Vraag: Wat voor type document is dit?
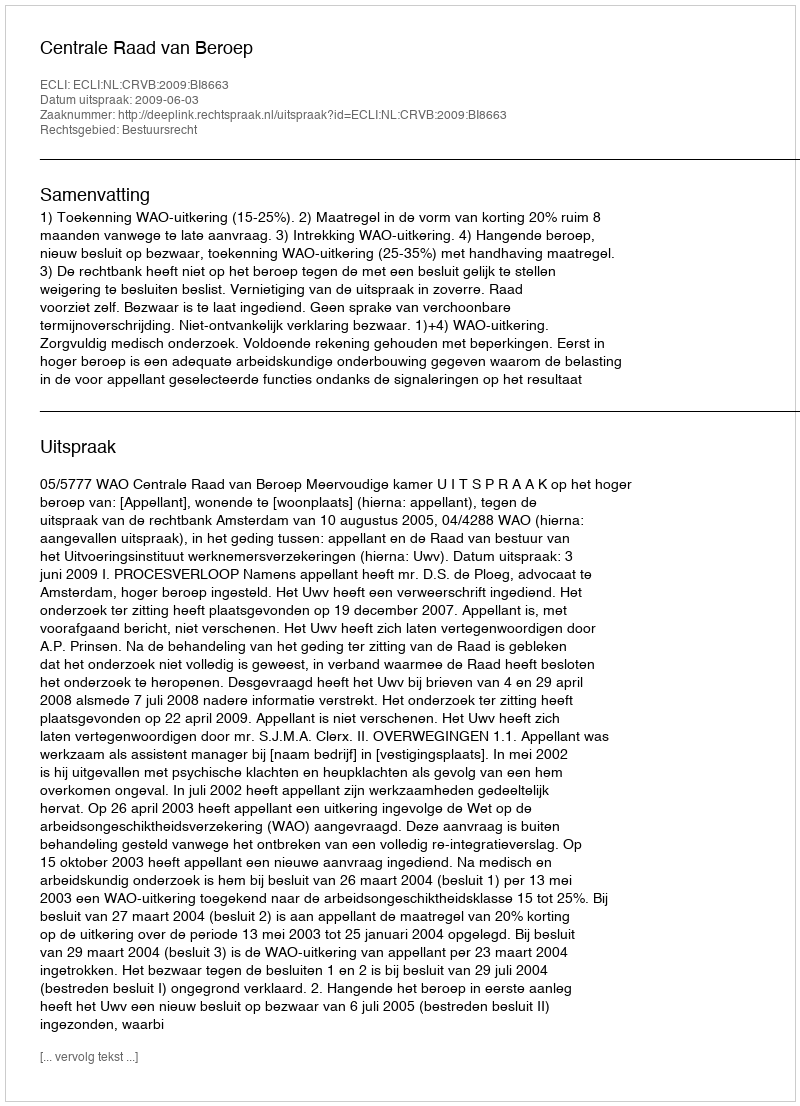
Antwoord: Uitspraak